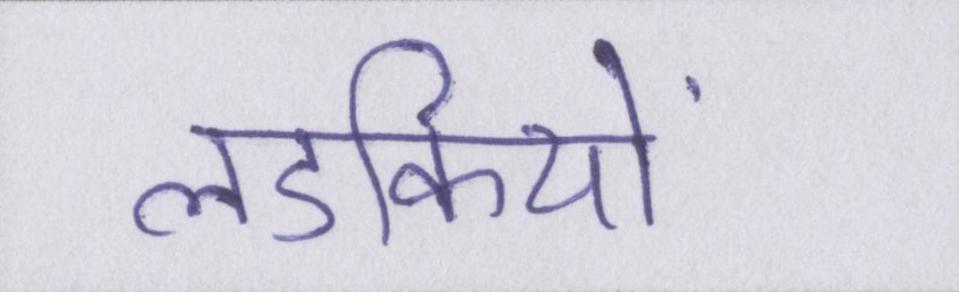
लडकियों